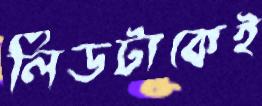
লিডটাকেই